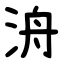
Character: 洀